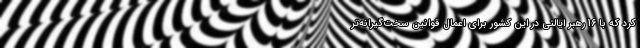
کرد که با 16 رهبر ایالتی در این کشور برای اعمال قوانین سخت‌گیرانه‌تر